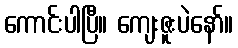
ကောင်းပါပြီ။ ကျေးဇူးပဲနော်။